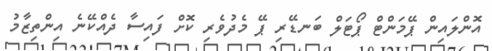
އޮންލައިން ޕޭމަންޓް ޕޯޓަލް ބަނޑޭރި ޕޭ މެދުވެރި ކޮށް ފައިސާ ދެއްކޭނެ އިންތިޒާމު